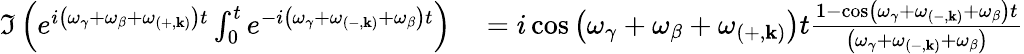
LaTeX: \begin{array}{rl}{\Im\left(e^{i\left(\omega_{\gamma}+\omega_{\beta}+\omega_{\left(+,\mathbf{k}\right)}\right)t}\int_{0}^{t}e^{-i\left(\omega_{\gamma}+\omega_{\left(-,\mathbf{k}\right)}+\omega_{\beta}\right)t}\right)}&{{}=i\cos\left(\omega_{\gamma}+\omega_{\beta}+\omega_{\left(+,\mathbf{k}\right)}\right)t\frac{1-\cos\left(\omega_{\gamma}+\omega_{\left(-,\mathbf{k}\right)}+\omega_{\beta}\right)t}{\left(\omega_{\gamma}+\omega_{\left(-,\mathbf{k}\right)}+\omega_{\beta}\right)}}\end{array}